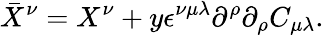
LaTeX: {\bar{X}}^{\nu}=X^{\nu}+y\epsilon^{\nu\mu\lambda}\partial^{\rho}\partial_{\rho}C_{\mu\lambda}.